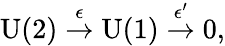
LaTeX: \mathrm{U(2)}\stackrel{\epsilon}\rightarrow\mathrm{U(1)}\stackrel{\epsilon^{\prime}}\rightarrow 0,